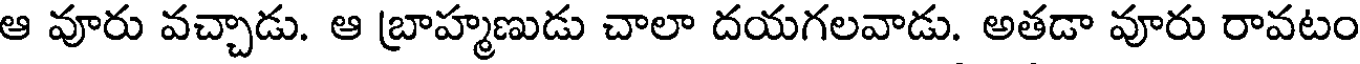
ఆ వూరు వచ్చాడు. ఆ బ్రాహ్మణుడు చాలా దయగలవాడు. అతడా వూరు రావటం